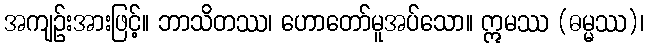
အကျဉ်းအားဖြင့်။ ဘာသိတဿ၊ ဟောတော်မူအပ်သော။ ဣမဿ (ဓမ္မဿ)၊